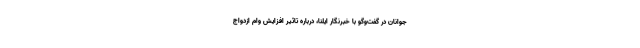
جوانان در گفت‌وگو با خبرنگار ایلنا، درباره تاثیر افزایش وام ازدواج